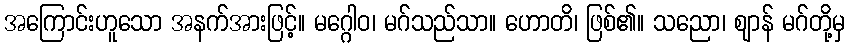
အကြောင်းဟူသော အနက်အားဖြင့်။ မဂ္ဂေါဝ၊ မဂ်သည်သာ။ ဟောတိ၊ ဖြစ်၏။ သညော၊ ဈာန် မဂ်တို့မှ